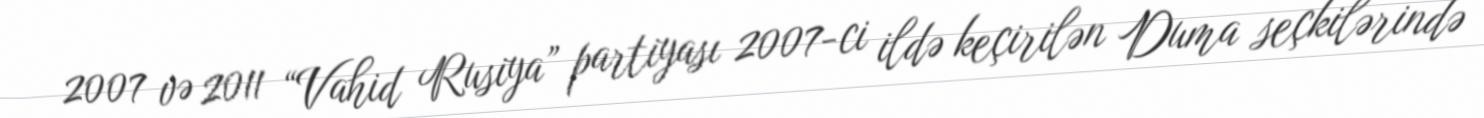
2007 və 2011 “Vahid Rusiya” partiyası 2007-ci ildə keçirilən Duma seçkilərində